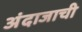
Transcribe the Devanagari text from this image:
अंदाजाची